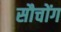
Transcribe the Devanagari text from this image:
सौचोंग